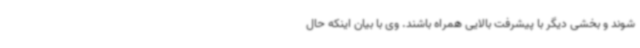
شوند و بخشی دیگر با پیشرفت بالایی همراه باشند. وی با بیان اینکه حال